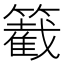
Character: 𥵞